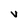
Character: V